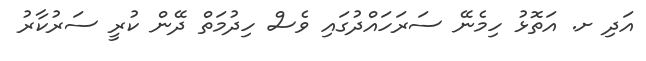
އަދި ށ. އަތޮޅު ހިމެނޭ ސަރަހައްދުގައި ވެސް ހިދުމަތް ދޭން ކުރީ ސަރުކާރު